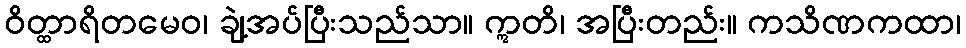
ဝိတ္ထာရိတမေဝ၊ ချဲ့အပ်ပြီးသည်သာ။ ဣတိ၊ အပြီးတည်း။ ကသိဏကထာ၊